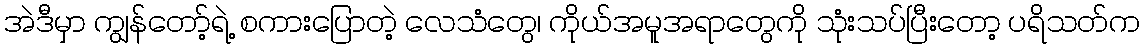
အဲဒီမှာ ကျွန်တော့်ရဲ့ စကားပြောတဲ့ လေသံတွေ၊ ကိုယ်အမူအရာတွေကို သုံးသပ်ပြီးတော့ ပရိသတ်က